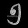
Digit: ၅